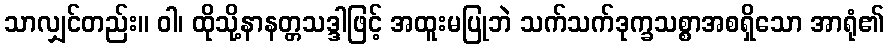
သာလျှင်တည်း။ ဝါ၊ ထိုသို့နာနတ္တသဒ္ဒါဖြင့် အထူးမပြုဘဲ သက်သက်ဒုက္ခသစ္စာအစရှိသော အာရုံ၏